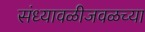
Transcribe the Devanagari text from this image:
संध्यावळीजवळच्या